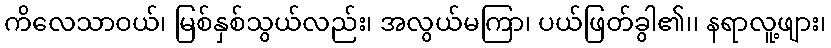
ကိလေသာဝယ်၊ မြစ်နှစ်သွယ်လည်း၊ အလွယ်မကြာ၊ ပယ်ဖြတ်ခွါ၏၊၊ နရာလူ့ဖျား၊